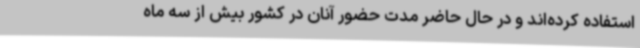
استفاده کرده‌اند و در حال حاضر مدت حضور آنان در کشور بیش از سه ماه